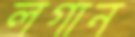
লগান